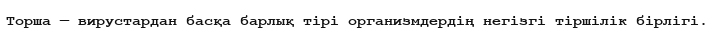
Торша — вирустардан басқа барлық тірі организмдердің негізгі тіршілік бірлігі.